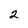
Character: 2